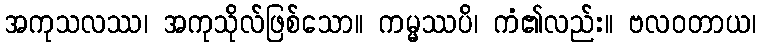
အကုသလဿ၊ အကုသိုလ်ဖြစ်သော။ ကမ္မဿပိ၊ ကံ၏လည်း။ ဗလဝတာယ၊